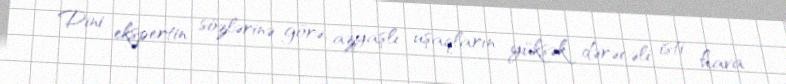
Dini ekspertin sözlərinə görə, azyaşlı uşaqların yüksək dərəcəli isti hava